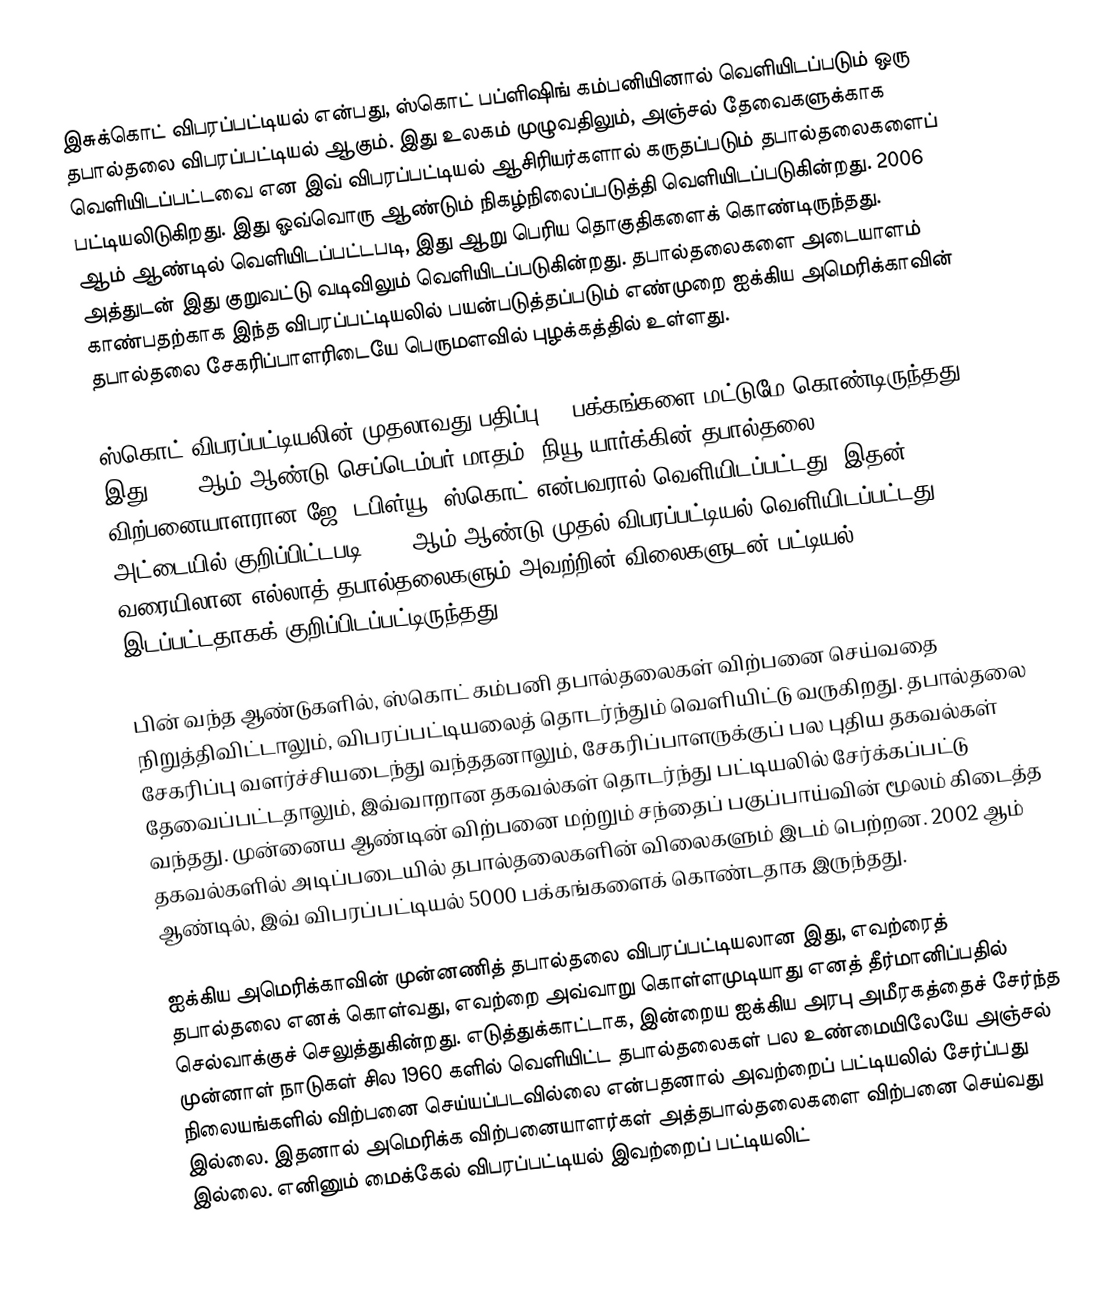
இசுக்கொட் விபரப்பட்டியல் என்பது, ஸ்கொட் பப்ளிஷிங் கம்பனியினால் வெளியிடப்படும் ஒரு தபால்தலை விபரப்பட்டியல் ஆகும். இது உலகம் முழுவதிலும், அஞ்சல் தேவைகளுக்காக வெளியிடப்பட்டவை என இவ் விபரப்பட்டியல் ஆசிரியர்களால் கருதப்படும் தபால்தலைகளைப் பட்டியலிடுகிறது. இது ஓவ்வொரு ஆண்டும் நிகழ்நிலைப்படுத்தி வெளியிடப்படுகின்றது. 2006 ஆம் ஆண்டில் வெளியிடப்பட்டபடி, இது ஆறு பெரிய தொகுதிகளைக் கொண்டிருந்தது. அத்துடன் இது குறுவட்டு வடிவிலும் வெளியிடப்படுகின்றது. தபால்தலைகளை அடையாளம் காண்பதற்காக இந்த விபரப்பட்டியலில் பயன்படுத்தப்படும் எண்முறை ஐக்கிய அமெரிக்காவின் தபால்தலை சேகரிப்பாளரிடையே பெருமளவில் புழக்கத்தில் உள்ளது.

ஸ்கொட் விபரப்பட்டியலின் முதலாவது பதிப்பு 21 பக்கங்களை மட்டுமே கொண்டிருந்தது. இது 1868 ஆம் ஆண்டு செப்டெம்பர் மாதம், நியூ யார்க்கின் தபால்தலை விற்பனையாளரான ஜே. டபிள்யூ. ஸ்கொட் என்பவரால் வெளியிடப்பட்டது. இதன் அட்டையில் குறிப்பிட்டபடி 1840 ஆம் ஆண்டு முதல் விபரப்பட்டியல் வெளியிடப்பட்டது வரையிலான எல்லாத் தபால்தலைகளும் அவற்றின் விலைகளுடன் பட்டியல் இடப்பட்டதாகக் குறிப்பிடப்பட்டிருந்தது.

பின் வந்த ஆண்டுகளில், ஸ்கொட் கம்பனி தபால்தலைகள் விற்பனை செய்வதை நிறுத்திவிட்டாலும், விபரப்பட்டியலைத் தொடர்ந்தும் வெளியிட்டு வருகிறது. தபால்தலை சேகரிப்பு வளர்ச்சியடைந்து வந்ததனாலும், சேகரிப்பாளருக்குப் பல புதிய தகவல்கள் தேவைப்பட்டதாலும், இவ்வாறான தகவல்கள் தொடர்ந்து பட்டியலில் சேர்க்கப்பட்டு வந்தது. முன்னைய ஆண்டின் விற்பனை மற்றும் சந்தைப் பகுப்பாய்வின் மூலம் கிடைத்த தகவல்களில் அடிப்படையில் தபால்தலைகளின் விலைகளும் இடம் பெற்றன. 2002 ஆம் ஆண்டில், இவ் விபரப்பட்டியல் 5000 பக்கங்களைக் கொண்டதாக இருந்தது.

ஐக்கிய அமெரிக்காவின் முன்னணித் தபால்தலை விபரப்பட்டியலான இது, எவற்ரைத் தபால்தலை எனக் கொள்வது, எவற்றை அவ்வாறு கொள்ளமுடியாது எனத் தீர்மானிப்பதில் செல்வாக்குச் செலுத்துகின்றது. எடுத்துக்காட்டாக, இன்றைய ஐக்கிய அரபு அமீரகத்தைச் சேர்ந்த முன்னாள் நாடுகள் சில 1960 களில் வெளியிட்ட தபால்தலைகள் பல உண்மையிலேயே அஞ்சல் நிலையங்களில் விற்பனை செய்யப்படவில்லை என்பதனால் அவற்றைப் பட்டியலில் சேர்ப்பது இல்லை. இதனால் அமெரிக்க விற்பனையாளர்கள் அத்தபால்தலைகளை விற்பனை செய்வது இல்லை. எனினும் மைக்கேல் விபரப்பட்டியல் இவற்றைப் பட்டியலிட்